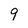
Character: 9